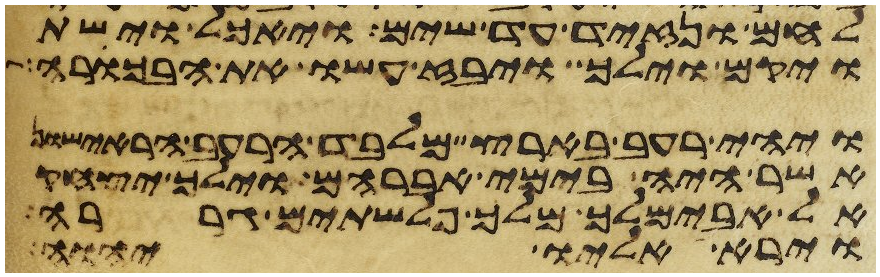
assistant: לחם ונזיד עד שים ויאכל וישת
ויקם וילך ויבז עשו את הבכורה
ויהי רעב בארץ מלבד הרעב הראישון
אשר היה בימי אברהם וילך יצחק
אל אבימלך מלך פלשתים גררה
וירא אליו יהוה